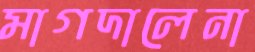
মাগদালেনা